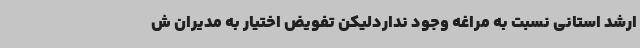
ارشد استانی نسبت به مراغه وجود نداردلیکن تفویض اختیار به مدیران ش